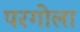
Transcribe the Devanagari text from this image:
परगोला